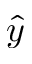
\hat { y }